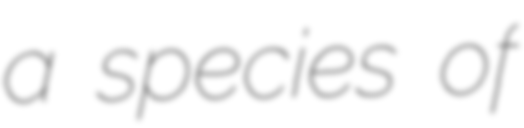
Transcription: a species of